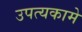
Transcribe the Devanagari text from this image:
उपत्यकामे